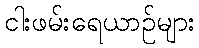
ငါးဖမ်းရေယာဉ်များ